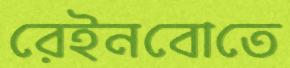
রেইনবোতে